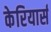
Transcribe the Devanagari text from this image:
केरियार्स